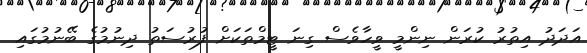
އަދަދު އިތުރު ކުރަން ނިންމީ ވީހާވެސް ގިނަ ޓީމްތަކަށް ފުރުސަތު ދިނުމުގެ ބޭނުމުގައި